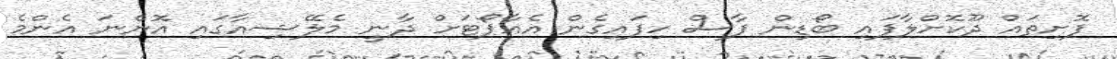
ފޮށިތައް ދޫކޮށްލާފައި ބޯޑިން ފާސް ހިފައިގެން އެއާޕޯޓަށް ދާނީ މެލޭޝިއާގައި އޮންނަ އެންމެ